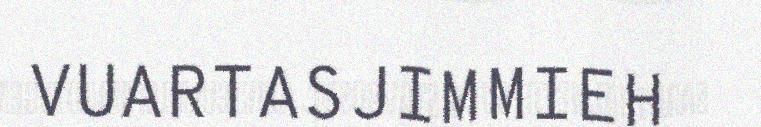
VUARTASJIMMIEH